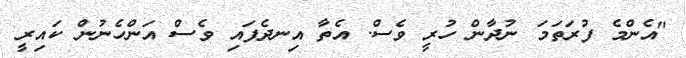
"އެންމެ ފުރަތަމަ ނުދާން ހުރީ ވެސް. އެތާ އިނދެފައި ވެސް އަންހެނުން ކައިރީ